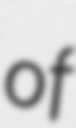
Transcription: of